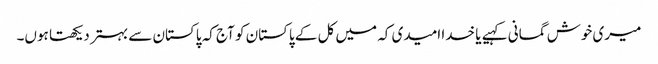
میری خوش گمانی کہیے یا خدا امیدی کہ میں کل کے پاکستان کو آج کہ پاکستان سے بہتر دیکھتا ہوں۔